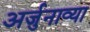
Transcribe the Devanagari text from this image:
अर्जुनाव्या